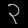
Digit: ၃